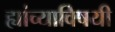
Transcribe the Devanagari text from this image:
ह्यांच्याविषयी